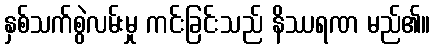
နှစ်သက်စွဲလမ်းမှု ကင်းခြင်းသည် နိဿရဏ မည်၏။